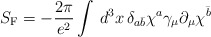
\begin{align*}S_{\rm F}=-\frac{2\pi}{e^{2}}\int\,d^{3}x \, \delta_{a\bar{b}}\chi^{a}\gamma_{\mu}\partial_{\mu}\chi^{\bar{b}} \end{align*}